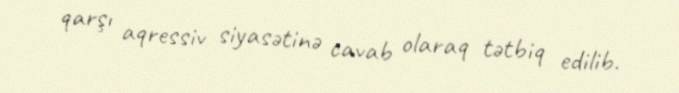
qarşı aqressiv siyasətinə cavab olaraq tətbiq edilib.